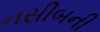
નસીબની